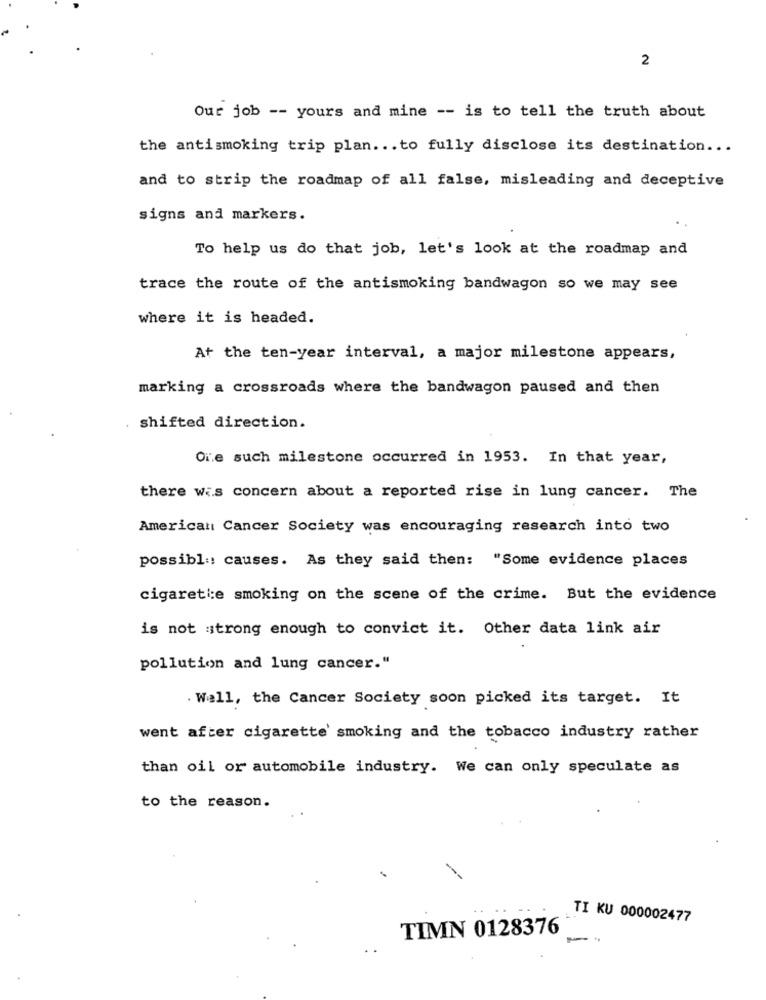
2
Our job -- yours and mine -- is to tell the truth about
the antismoking trip plan ... to fully disclose its destination ...
and to strip the roadmap of all false, misleading and deceptive
signs and markers.
To help us do that job, let's look at the roadmap and
trace the route of the antismoking bandwagon so we may see
where it is headed.
At the ten-year interval, a major milestone appears,
marking a crossroads where the bandwagon paused and then
shifted direction.
Oie such milestone occurred in 1953. In that year,
there was concern about a reported rise in lung cancer. The
American Cancer Society was encouraging research into two
possibl :: causes. As they said then: "Some evidence places
cigarette smoking on the scene of the crime. But the evidence
is not strong enough to convict it. Other data link air
pollution and lung cancer."
Well, the Cancer Society soon picked its target. It
went after cigarette smoking and the tobacco industry rather
than oil or automobile industry. We can only speculate as
to the reason.
TI KU 000002477
TIMN 0128376
-